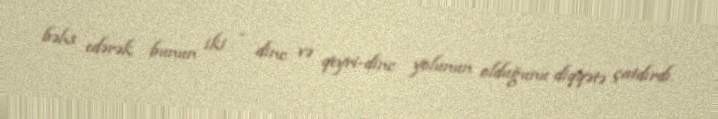
bəhs edərək bunun iki - dinc və qeyri-dinc yolunun olduğunu diqqətə çatdırdı.